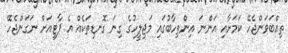
ތިއްބަވަންޖެހޭ ކަމަށާއި އަންނަ އިންތިހާބުގައި މަޖިލީހުގެ ގިނަ ގޮނޑިތަކެއް އެ ޕާޓީއަށް ނަގަންޖެހޭ